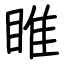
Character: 睢